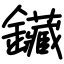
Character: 鑶